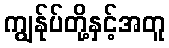
ကျွန်ုပ်တို့နှင့်အတူ